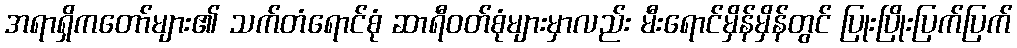
အရာရှိကတော်များ၏ သက်တံရောင်စုံ ဆာရီဝတ်စုံများမှာလည်း မီးရောင်မှိန်မှိန်တွင် ပြုးပြိုးပြက်ပြက်